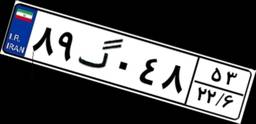
۸۹گ۰۴۸۵۳